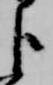
臣